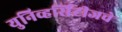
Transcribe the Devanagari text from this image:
युनिव्हर्सिटीजचे